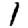
Digit: 1